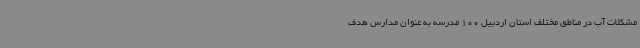
مشکلات آب در مناطق مختلف استان اردبیل 100 مدرسه به عنوان مدارس هدف